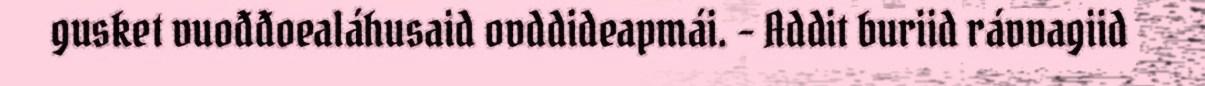
gusket vuođđoealáhusaid ovddideapmái. - Addit buriid rávvagiid